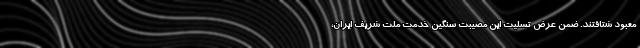
معبود شتافتند. ضمن عرض تسلیت این مصیبت سنگین خدمت ملت شریف ایران،